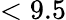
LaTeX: <9.5